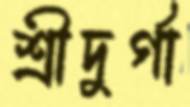
শ্রীদুর্গা